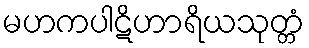
မဟကပါဋိဟာရိယသုတ္တံ